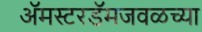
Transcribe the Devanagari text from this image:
ॲमस्टरडॅमजवळच्या